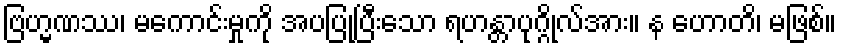
ဗြဟ္မဏဿ၊ မကောင်းမှုကို အပပြုပြီးသော ရဟန္တာပုဂ္ဂိုလ်အား။ န ဟောတိ၊ မဖြစ်။